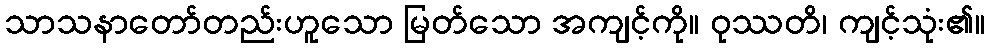
သာသနာတော်တည်းဟူသော မြတ်သော အကျင့်ကို။ ဝုဿတိ၊ ကျင့်သုံး၏။